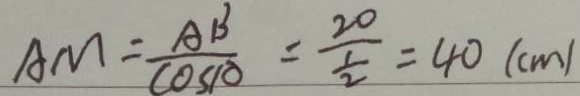
A M = \frac { A B } { \cos 1 0 } = \frac { 2 0 } { \frac { 1 } { 2 } } = 4 0 ( c m )